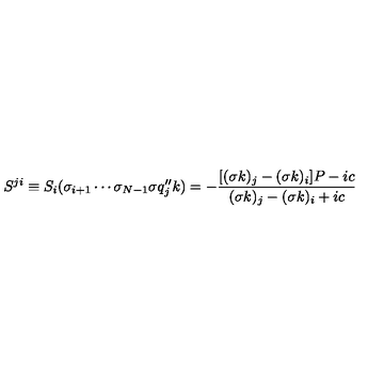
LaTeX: S ^ { j i } \equiv S _ { i } ( \sigma _ { i + 1 } \cdots \sigma _ { N - 1 } \sigma q _ { j } ^ { \prime \prime } k ) = - \displaystyle { \frac { [ ( \sigma k ) _ { j } - ( \sigma k ) _ { i } ] P - i c } { ( \sigma k ) _ { j } - ( \sigma k ) _ { i } + i c } }